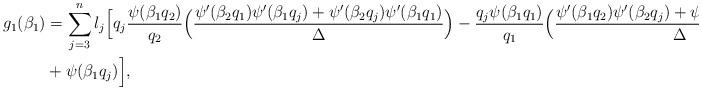
LaTeX: \begin{align*} g_{1}(\beta_1)&=\sum_{j=3}^{n}l_j\Big[q_j \frac{\psi(\beta_1 q_2)}{q_2}\Big(\frac{\psi'(\beta_2 q_1)\psi'(\beta_1 q_j)+\psi'(\beta_2 q_j)\psi'(\beta_1q_1)}{\Delta}\Big) - \frac{q_j \psi(\beta_1 q_1)}{q_1}\Big(\frac{\psi'(\beta_1 q_2)\psi'(\beta_2 q_j)+\psi'(\beta_2 q_2)\psi'(\beta_1 q_j)}{\Delta}\Big)\\ &+\psi(\beta_1 q_j)\Big], \end{align*}